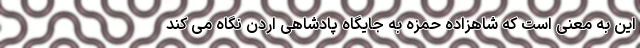
این به معنی است که شاهزاده حمزه به جایگاه پادشاهی اردن نگاه می کند